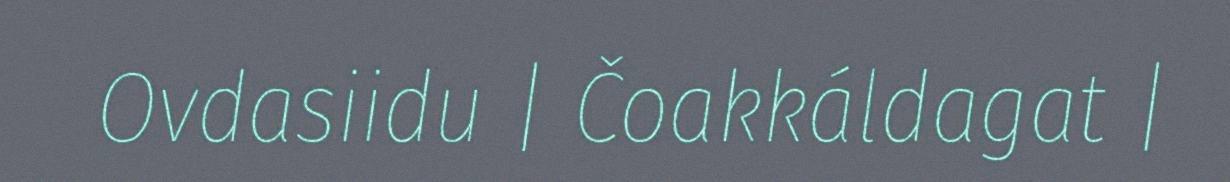
Ovdasiidu | Čoakkáldagat |